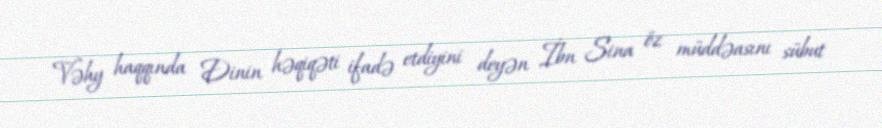
Vəhy haqqında Dinin həqiqəti ifadə etdiyini deyən İbn Sina öz müddəasını sübut